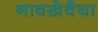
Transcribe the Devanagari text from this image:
नावखेवैया